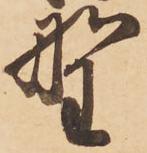
野